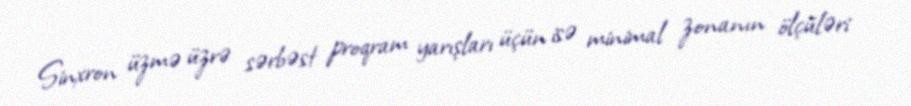
Sinxron üzmə üzrə sərbəst proqram yarışları üçün isə minimal zonanın ölçüləri